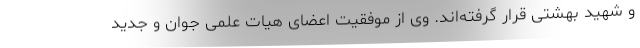
و شهید بهشتی قرار گرفته‌اند. وی از موفقیت اعضای هیات علمی جوان و جدید